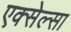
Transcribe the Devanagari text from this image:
एक्सेल्सा